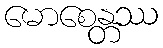
မောစေန္တဿ